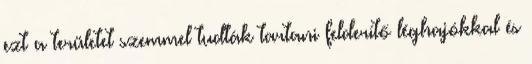
ezt a területet szemmel tudták tartani felderítő léghajókkal és